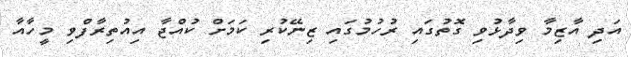
އަދި އާޒިމާ ވިދާޅުވި ގޮތުގައި ރުހުމުގައި ޒިނޭކުރި ކަމަށް ކުއްޖާ އިއުތިރާފްވި މީހާއާ